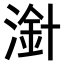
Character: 𣻁